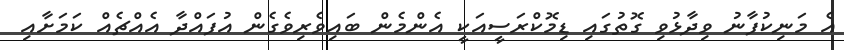
އެ މަނިކުފާނު ވިދާޅުވި ގޮތުގައި ޑިމޮކްރަސީއަކީ އެންމެން ބައިވެރިވެގެން އުފައްދާ އެއްޗެއް ކަމަށާއި